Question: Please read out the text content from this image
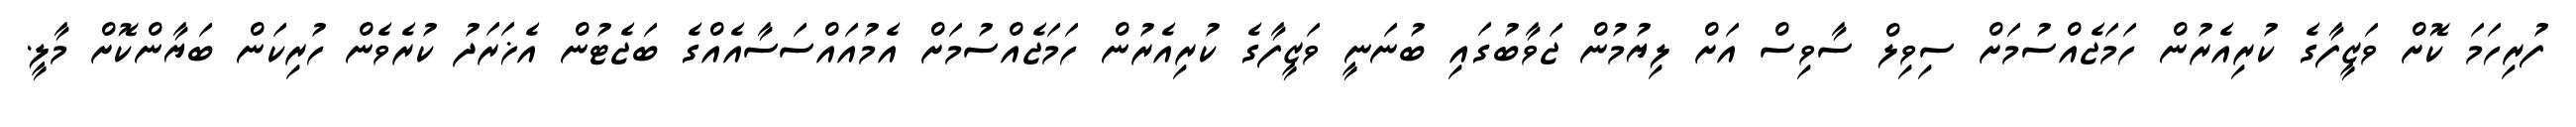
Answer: ފުރިހަމަ ކޮށް ވަޒީފާގެ ކުރިއެރުން ހަމަޖެއްސުމަށް ސިވިލް ސާވިސް އަށް ލިޔުމުން ޖަވާބުގައި ބުނަނީ ވަޒީފާގެ ކުރިއެރުން ހަމަޖެއްސުމަށް އެމުއައްސަސާއެއްގެ ބަޖެޓުން އެޚަރަދު ކުރެވެން ހުރިކަން ބަޔާންކޮށް މާލީ.